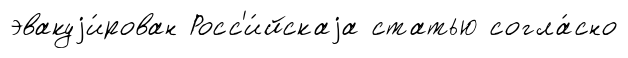
эвакуjи́рован Росс'и́йскаjа статью согла́сно